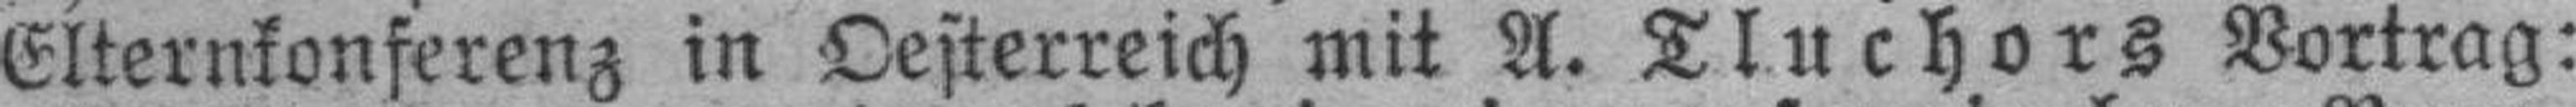
Elternkonferenz in Oesterreich mit A. Tluchors Vortrag: